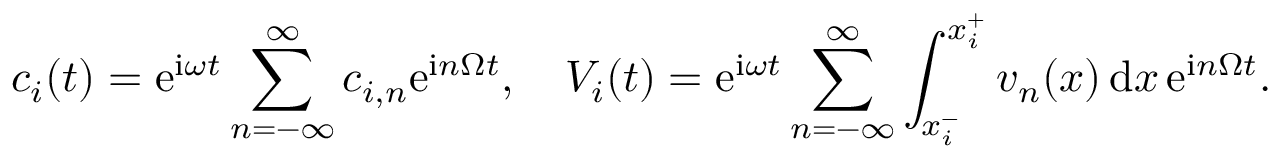
c _ { i } ( t ) = \mathrm { e } ^ { \mathrm { i } \omega t } \sum _ { n = - \infty } ^ { \infty } c _ { i , n } \mathrm { e } ^ { \mathrm { i } n \Omega t } , \quad V _ { i } ( t ) = \mathrm { e } ^ { \mathrm { i } \omega t } \sum _ { n = - \infty } ^ { \infty } \int _ { x _ { i } ^ { - } } ^ { x _ { i } ^ { + } } v _ { n } ( x ) \, \mathrm { d } x \, \mathrm { e } ^ { \mathrm { i } n \Omega t } .